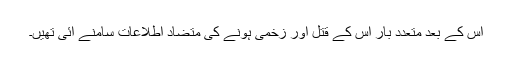
اس کے بعد متعدد بار اس کے قتل اور زخمی ہونے کی متضاد اطلاعات سامنے آئی تھیں۔